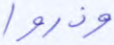
وذروا